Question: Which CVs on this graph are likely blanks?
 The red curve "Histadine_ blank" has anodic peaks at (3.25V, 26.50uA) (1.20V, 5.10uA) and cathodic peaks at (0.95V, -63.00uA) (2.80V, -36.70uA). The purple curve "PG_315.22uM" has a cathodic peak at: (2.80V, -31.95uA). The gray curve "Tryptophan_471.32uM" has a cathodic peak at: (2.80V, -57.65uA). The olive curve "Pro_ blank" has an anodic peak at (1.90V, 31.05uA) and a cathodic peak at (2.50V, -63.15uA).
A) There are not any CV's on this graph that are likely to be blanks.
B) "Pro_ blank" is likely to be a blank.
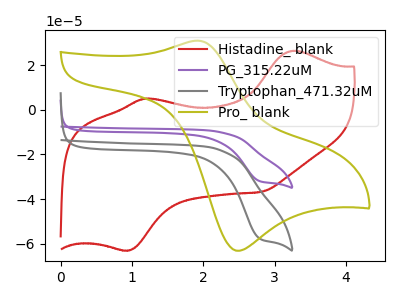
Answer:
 <answer>A) There are not any CV's on this graph that are likely to be blanks.</answer>
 <eval>A</eval>